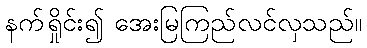
နက်ရှိုင်း၍ အေးမြကြည်လင်လှသည်။